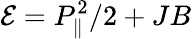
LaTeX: {\cal E}=P_{\| }^{2}/2+JB